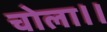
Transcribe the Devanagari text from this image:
चोला।।